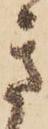
き